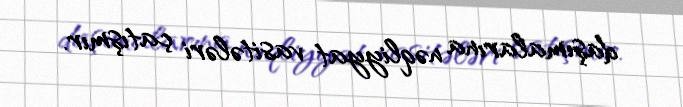
daşımalarına nəqliyyat vasitələri çatışmır.